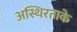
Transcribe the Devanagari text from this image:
अस्थिरताके